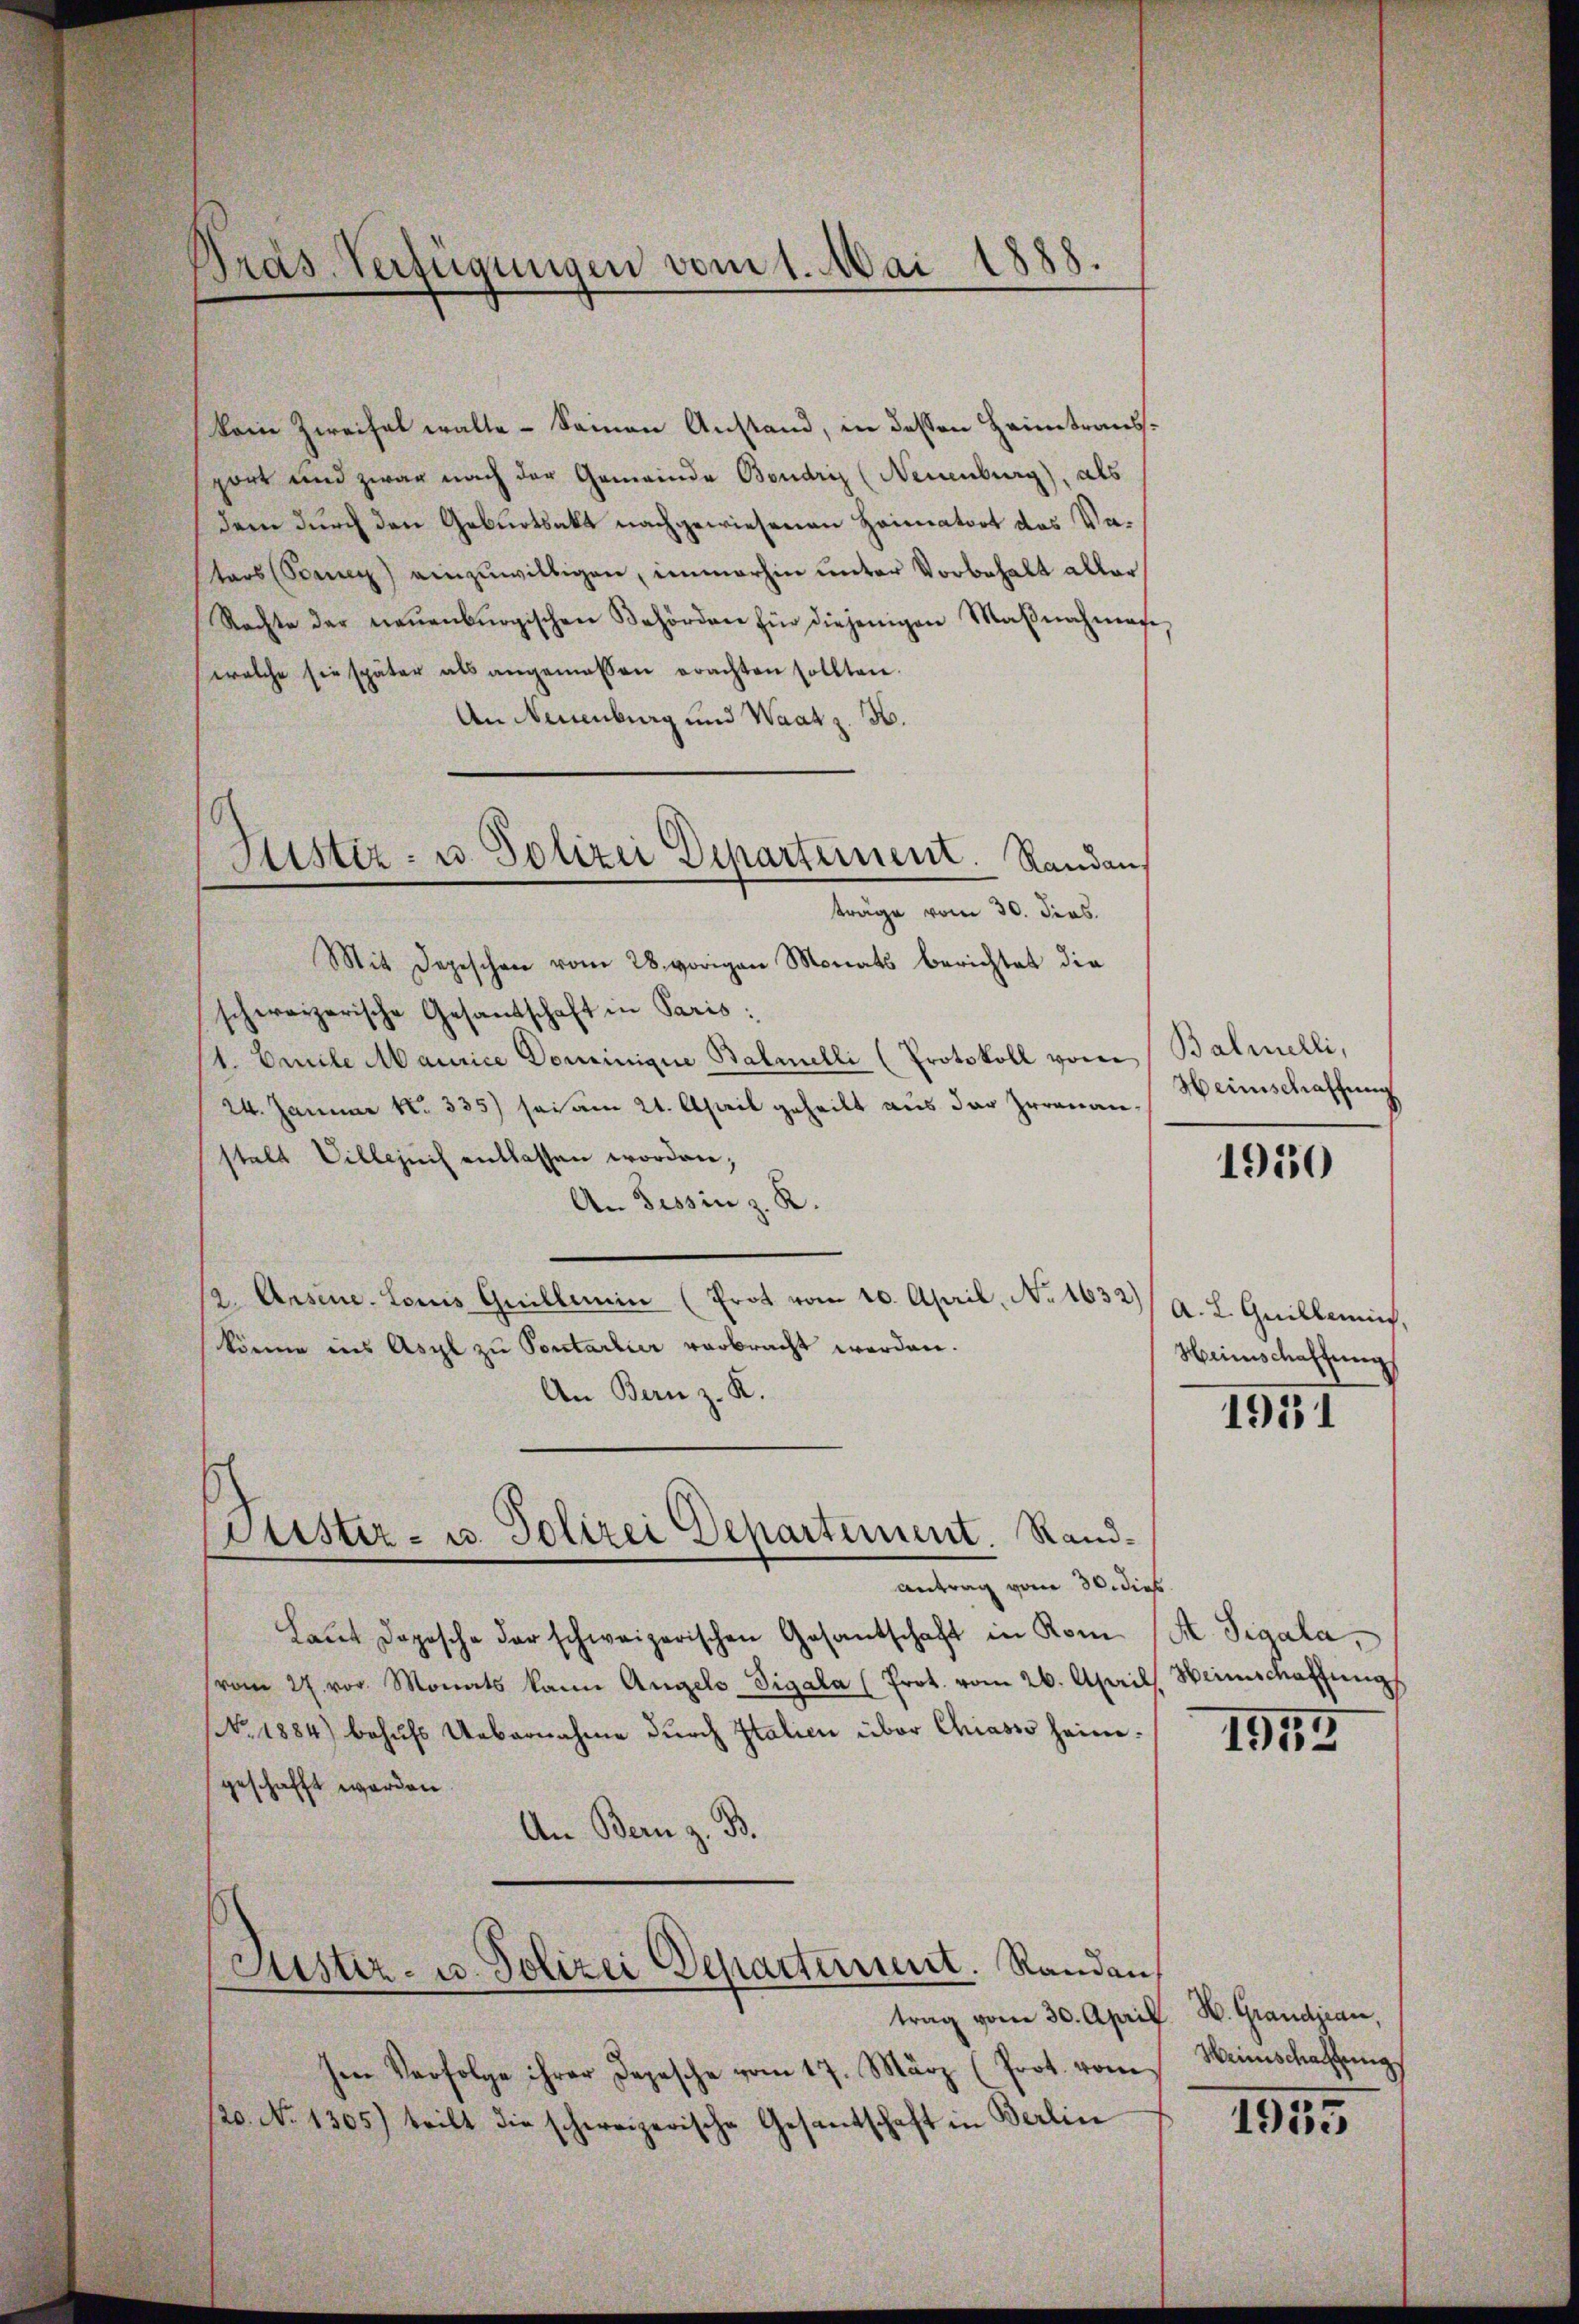
Präs. Verfügungen vom 1. Mai 1888.

keine Zweifel walte - Seinen Anstand, in dessen Heimtransport und zwar nach der Gemeinde Boudriz (Neuenburg), als
dem durch den Geburtsakt nachgewiesenen Heimatort des Vatars (Sonner) einzuwilligen, immerhin unter Vorbehalt aller
Rachte der neuenburgischen Behördere für diejenigen Maβnahmase
welche sie später als angemessen erachten sollten.
An Neuenburg und Waatz. H.
Mit Depeschen vom 28. vorigen Monats berichtet die
schweizerische Gesandtschaft in Paris:
/1. Omile Maurice Dominique Balmelli (Protokoll vom Balmelli,
24. Januar No. 335) sei am 21. April geheilt aus der Irrenanstalt Villepuis entlassen worden;
An Tessin z. R.
(2. Ansene. Louis Grillemin (Prot vom 10. April, No 1632)
könne ins Asyl zu Pontarlier verbracht werden.
An Bern z. K.

Sistiz- u. Polizei Departement. Randaus
träge vom 30. Jos.

tister- u. Polizei Departement. Rand¬

Antrag vom 30. dies
Laŭt dopische der schweizerischen Gesantschaft in Rom (S. Tigala,
(vom 27. vor. Monats kann Angels Vigala (Prot. vom 26. April,
No. 1884) behufs Uebernahme durch Italien über Chiasso heimgeschafft werden.
An Bern z. B.

Güster- u. Polizei Departement. Randan

hen Verfolge ihrer Depesche vom 17. März (Prot. vom
20. No 1305) teilt die schweizerische Gesantschaft in Berlin

Heinschaffung

1950

A. L. Guillen,
Heimschaftung

1951

Weinschaffung

1955

trag vom 30. April. W. Grandjean,
Heinschaffung

1955